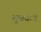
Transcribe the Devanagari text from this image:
भुवयांत